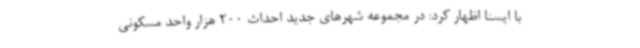
با ایسنا اظهار کرد: در مجموعه شهرهای جدید احداث 200 هزار واحد مسکونی